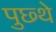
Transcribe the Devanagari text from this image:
पुछ्थे